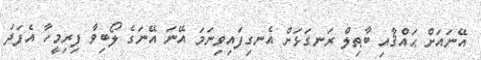
އޭނައަށް ޙައްޤާއި ބާޠިލް ރަނގަޅަށް އެނގިފައިވިނަމަ އޭނަ އޭނަގެ ލޯބިވާ ފިރިމީހާ އެފަދަ